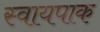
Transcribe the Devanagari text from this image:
स्वायपाक